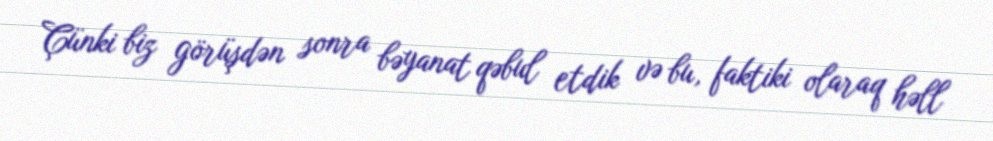
Çünki biz görüşdən sonra bəyanat qəbul etdik və bu, faktiki olaraq həll